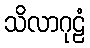
သိလာဂုဠံ